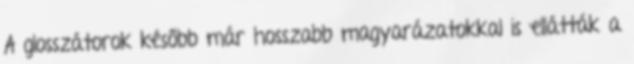
A glosszátorok később már hosszabb magyarázatokkal is ellátták a